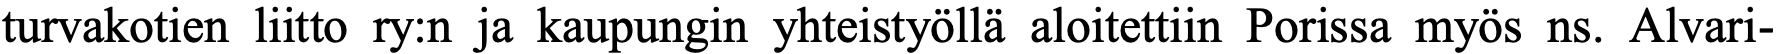
turvakotien liitto ry:n ja kaupungin yhteistyöllä aloitettiin Porissa myös ns. Alvari-